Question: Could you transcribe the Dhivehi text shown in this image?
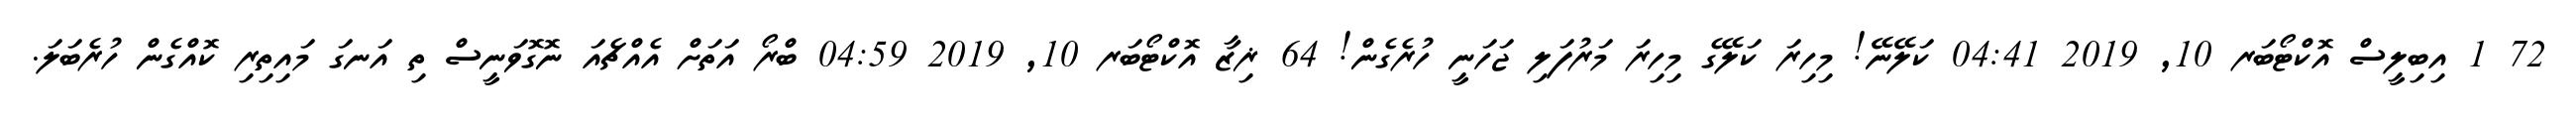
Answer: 72 1 އިބިލީސް އޮކްޓޯބަރ 10, 2019 04:41 ކަލޭނޭ! މިހިރަ ކަލޭގެ މިހިރަ މަރުފަލި ޖަހަނީ ހުރެގެން! 64 ޜިޒާ އޮކްޓޯބަރ 10, 2019 04:59 ބްރޯ އަތަށް އެއްޗެއަ ނޮގޮވަނީސް ތި އަނގަ މައިތިރި ކޮއްގެން ހުރެބަލަ.